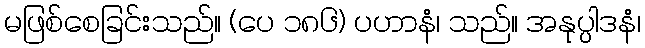
မဖြစ်စေခြင်းသည်။ (ပေ ၁၈၆) ပဟာနံ၊ သည်။ အနုပ္ပါဒနံ၊